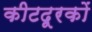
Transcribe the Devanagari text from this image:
कीटदूरकों